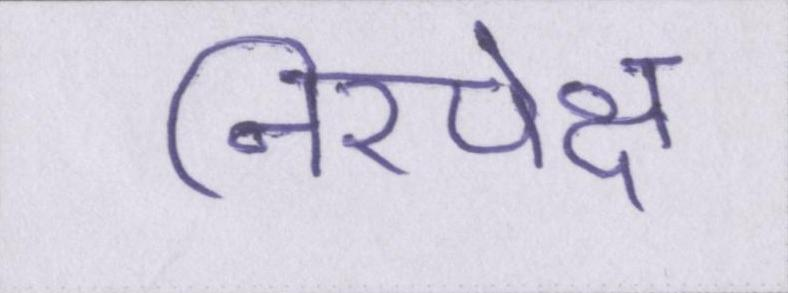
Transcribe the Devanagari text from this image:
निरपेक्ष